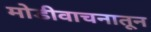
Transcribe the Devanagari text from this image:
मोडीवाचनातून